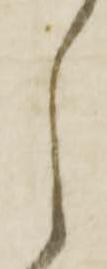
し